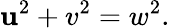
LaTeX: \mathbf{u}^{2}+v^{2}=w^{2}.